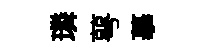
璘萼摹